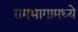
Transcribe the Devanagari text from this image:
समभागामध्ये